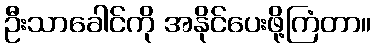
ဦးသာခေါင်ကို အနိုင်ပေးဖို့ကြံတာ။